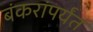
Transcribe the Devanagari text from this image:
बंकरांपर्यंत